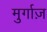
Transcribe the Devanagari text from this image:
मुर्गाज़